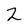
Character: 2